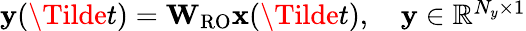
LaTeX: \begin{array}{r}{\mathbf{y}(\Tilde{t})=\mathbf{W}_{\mathrm{RO}}\mathbf{x}(\Tilde{t}),\quad\mathbf{y}\in\mathbb{R}^{N_{y}\times 1}}\end{array}